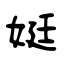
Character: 娗